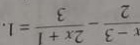
\frac { x - 3 } { 2 } - \frac { 2 x + 1 } { 3 } = 1 .